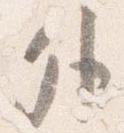
外